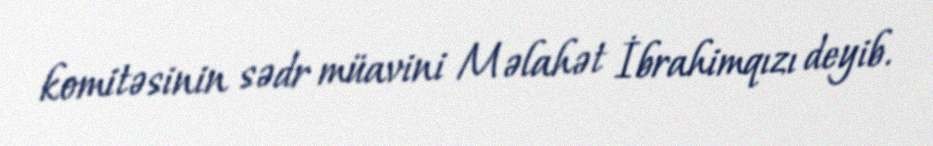
komitəsinin sədr müavini Məlahət İbrahimqızı deyib.